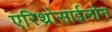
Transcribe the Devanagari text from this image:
एरिथ्रोसाईलोन